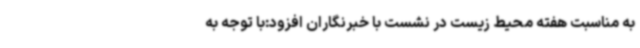
به مناسبت هفته محیط زیست‌ در نشست با خبرنگاران افزود:‌با توجه به